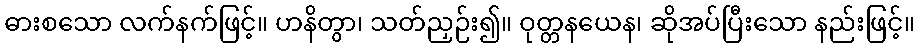
ဓားစသော လက်နက်ဖြင့်။ ဟနိတွာ၊ သတ်ညှဉ်း၍။ ဝုတ္တနယေန၊ ဆိုအပ်ပြီးသော နည်းဖြင့်။